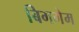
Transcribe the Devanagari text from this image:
बिगगेम